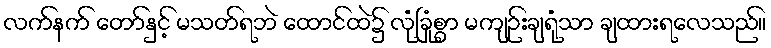
လက်နက် တော်နှင့် မသတ်ရဘဲ ထောင်ထဲ၌ လုံခြုံစွာ မကျဉ်းချရုံသာ ချထားရလေသည်။